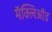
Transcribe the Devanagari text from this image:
मॅक्लिऑड